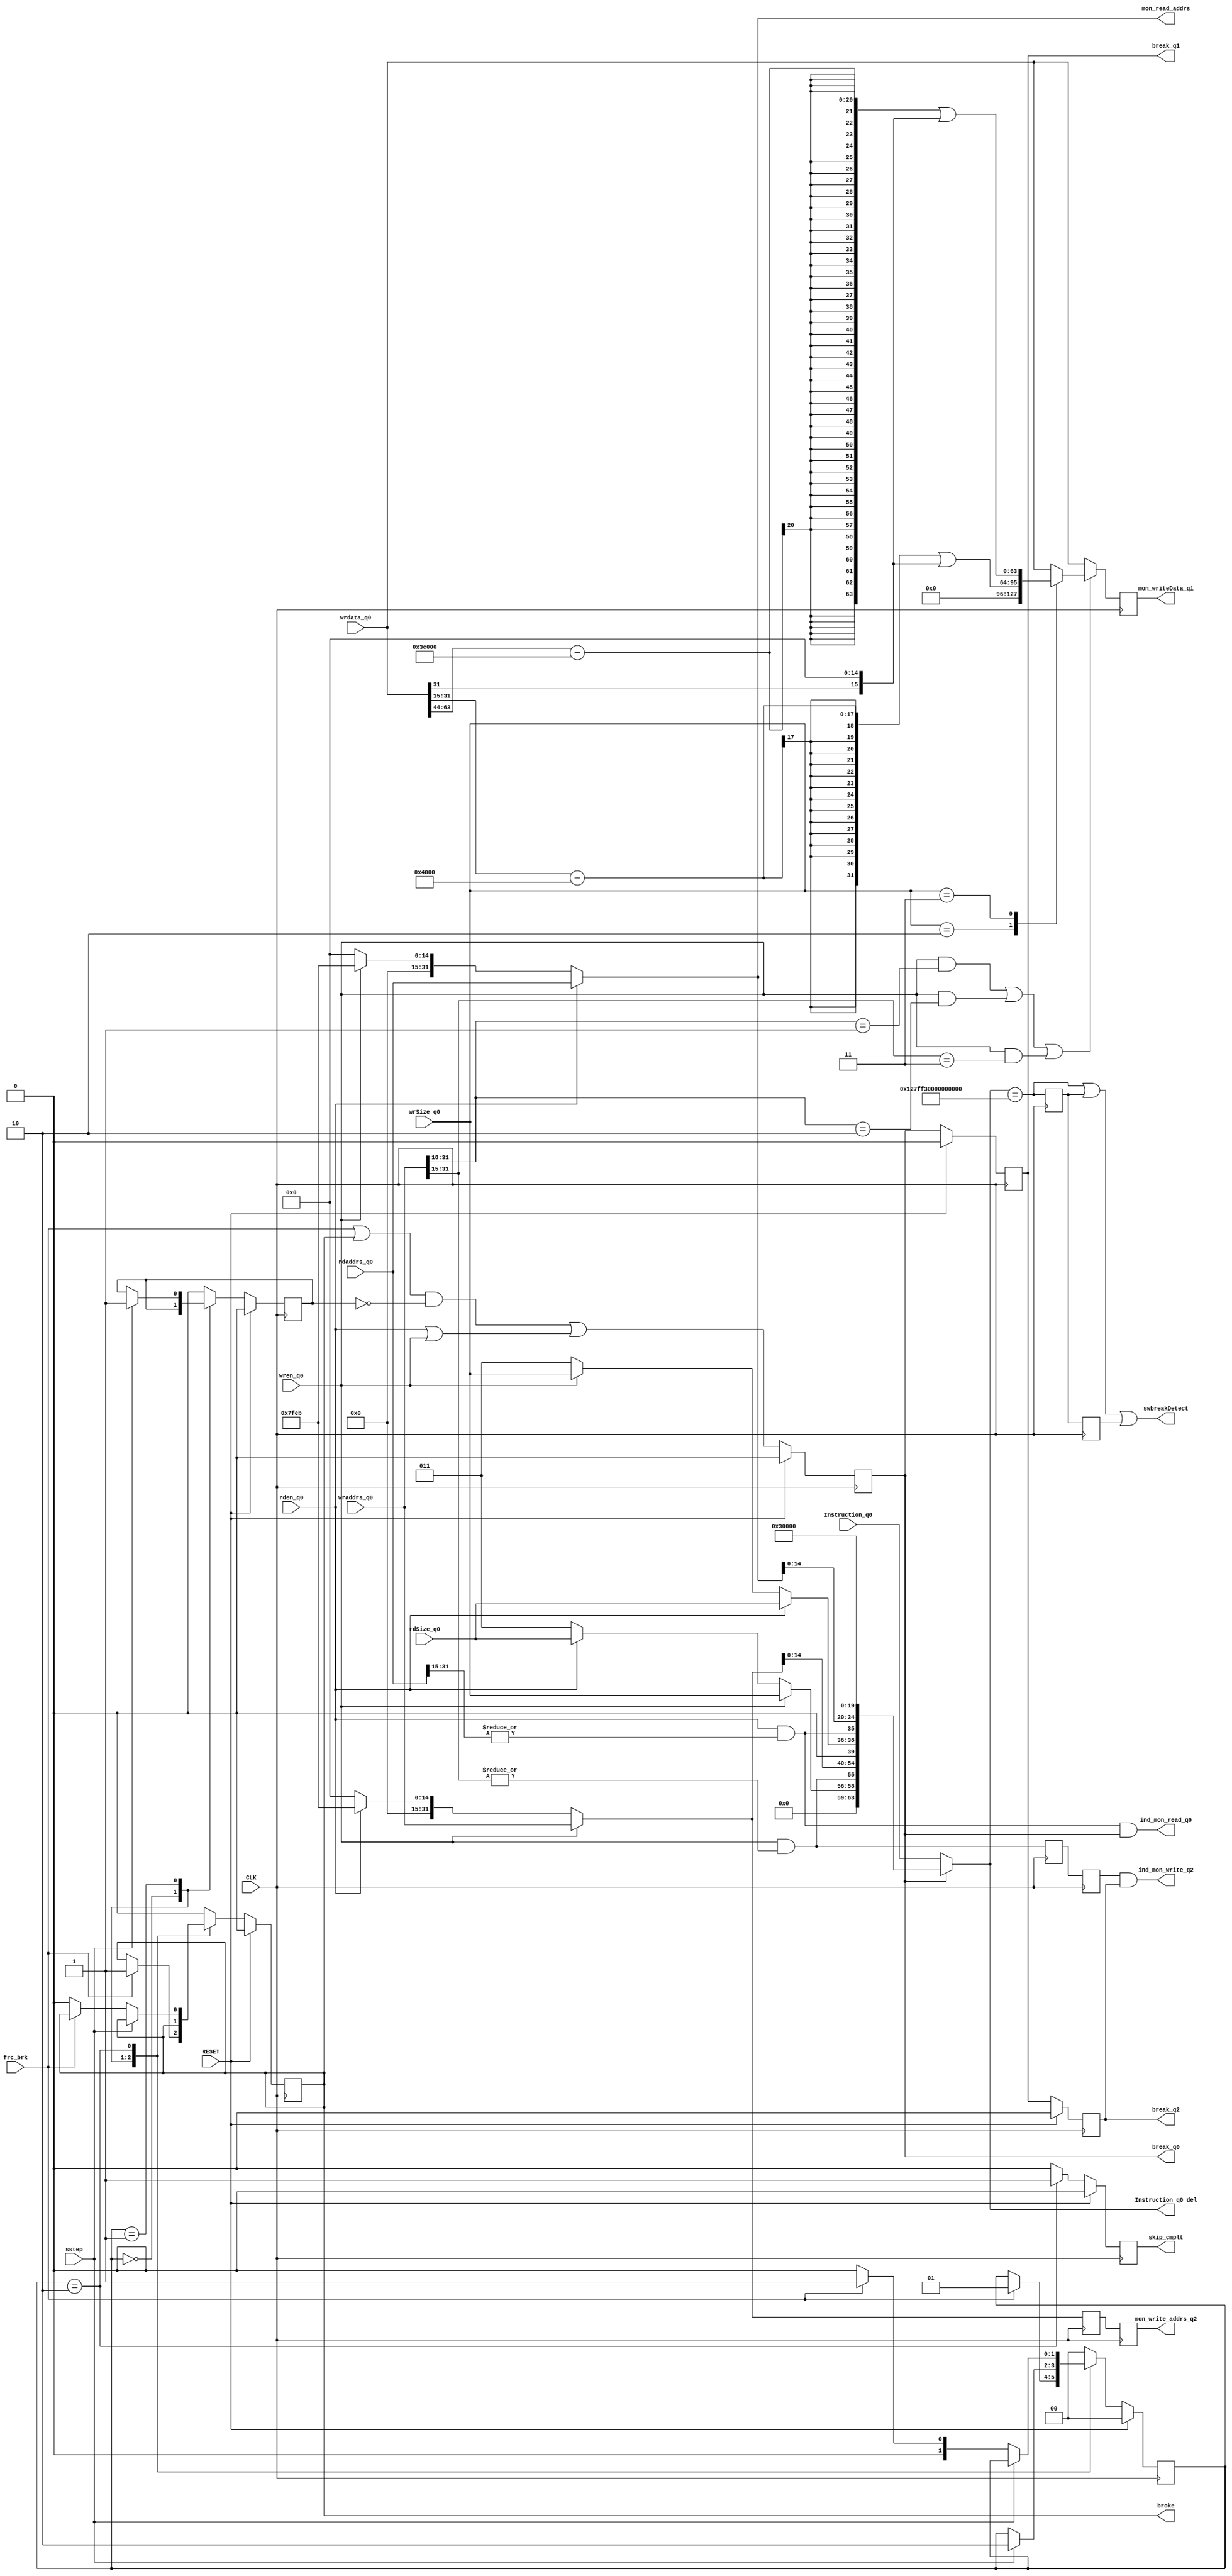
// SCE_breakpoints.v
//
// Version:  1.22  May 3, 2020
// Copyright (C) 2020.  All rights reserved.
//
////////////////////////////////////////////////////////////////////////////////////////////////////////////////////////
//                                                                                                                    //
//                                                 SYMPL Open-Source                                                  //
//                          HedgeHog Fused Spiking Neural Network Emulator/Compute Engine                             //
//                                    Evaluation and Product Development License                                      //
//                                                                                                                    //
//                                                                                                                    //
// Open-source means:  this source code and this instruction set ("this IP") may be freely downloaded, copied,        //
// modified, distributed and used in accordance with the terms and conditons of the licenses provided herein.         //
//                                                                                                                    //
// Provided that you comply with all the terms and conditions set forth herein, Jerry D. Harthcock ("licensor"),      //
// the original author and exclusive copyright owner of this HedgeHog Fused Spiking Neural Network Emulator/Compute   //
// Engine, including related development software ("this IP"), hereby grants recipient of this IP ("licensee"),       //
// a world-wide, paid-up, non-exclusive license to implement this IP within the programmable fabric of Xilinx Kintex  //
// Ultra Plus brand FPGAs--only--and used only for the purposes of evaluation, education, and development of end      //
// products and related development tools.                                                                            //
//                                                                                                                    //
// Furthermore, limited to the purposes of prototyping, evaluation, characterization and testing of implementations   //
// in a hard, custom or semi-custom ASIC, any university or institution of higher education may have their            //
// implementation of this IP produced for said limited purposes at any foundary of their choosing provided that such  //
// prototypes do not ever wind up in commercial circulation, with this license extending to such foundary and is in   //
// connection with said academic pursuit under the supervision of said university or institution of higher education. //
//                                                                                                                    //
// Any copying, distribution, customization, modification, or derivative work of this IP must include an exact copy   //
// of this license and original copyright notice at the very top of each source file and any derived netlist, and,    //
// in the case of binaries, a printed copy of this license and/or a text format copy in a separate file distributed   //
// with said netlists or binary files having the file name, "LICENSE.txt".  You, the licensee, also agree not to      //
// remove any copyright notices from any source file covered or distributed under this Evaluation and Product         //
// Development License.                                                                                               //
//                                                                                                                    //
// LICENSOR DOES NOT WARRANT OR GUARANTEE THAT YOUR USE OF THIS IP WILL NOT INFRINGE THE RIGHTS OF OTHERS OR          //
// THAT IT IS SUITABLE OR FIT FOR ANY PURPOSE AND THAT YOU, THE LICENSEE, AGREE TO HOLD LICENSOR HARMLESS FROM        //
// ANY CLAIM BROUGHT BY YOU OR ANY THIRD PARTY FOR YOUR SUCH USE.                                                     //
//                                                                                                                    //
// Licensor reserves all his rights, including, but in no way limited to, the right to change or modify the terms     //
// and conditions of this Evaluation and Product Development License anytime without notice of any kind to anyone.    //
// By using this IP for any purpose, licensee agrees to all the terms and conditions set forth in this Evaluation     //
// and Product Development License.                                                                                   //
//                                                                                                                    //
// This Evaluation and Product Development License does not include the right to sell products that incorporate       //
// this IP or any IP derived from this IP. If you would like to obtain such a license, please contact Licensor.       //
//                                                                                                                    //
// Licensor can be contacted at:  SYMPL.gpu@gmail.com or Jerry.Harthcock@gmail.com                                    //
//                                                                                                                    //
////////////////////////////////////////////////////////////////////////////////////////////////////////////////////////

 
 `timescale 1ns/100ps

module SCE_breakpoints (
    CLK,
    RESET,
    Instruction_q0,
    Instruction_q0_del,
    break_q0,
    break_q1,
    break_q2,
    ind_mon_read_q0,
    ind_mon_write_q2,
    mon_write_addrs_q2,
    mon_read_addrs,
    mon_writeData_q1,
    rden_q0,
    wren_q0,
    rdSize_q0,
    wrSize_q0,
    frc_brk,
    broke,
    sstep,
    skip_cmplt,
    swbreakDetect,
    wrdata_q0,          
    rdaddrs_q0,
    wraddrs_q0       
    );

input CLK;
input RESET;
input  [63:0] Instruction_q0;
output [63:0] Instruction_q0_del;

output break_q0;
output break_q1;
output break_q2;
output ind_mon_read_q0;
output ind_mon_write_q2;
output [31:0] mon_write_addrs_q2;
output [31:0] mon_read_addrs;
output [63:0] mon_writeData_q1; 
input rden_q0;
input wren_q0; 
input [2:0] rdSize_q0;   
input [2:0] wrSize_q0;   
input frc_brk;
input sstep;
output broke;
output skip_cmplt;
output swbreakDetect;
input [63:0] wrdata_q0;  //might be able to get away with just 32 bits
input [31:0] wraddrs_q0;        
input [31:0] rdaddrs_q0;        

parameter MON_ADDRS = 32'h00007FEB;
parameter SWBREAK   = 64'h127FF30000000000;

reg break_q0;
reg break_q1;
reg break_q2;

reg [1:0] break_state;

reg broke;

reg skip;

reg skip_cmplt;

reg ind_mon_wr_q1;
reg ind_mon_wr_q2;
reg [63:0] mon_writeData_q1;
reg [31:0] mon_write_addrs_q1;
reg [31:0] mon_write_addrs_q2;

reg  swbreakDetect_q1;
reg  swbreakDetect_q2;

wire swbreakDetect;

wire [2:0] mon_write_size;
wire [2:0] mon_read_size;

wire mon_SigA;
wire [31:0] mon_read_addrs;
wire [31:0] mon_write_addrs;

wire any_break_det;

wire [63:0] Instruction_q0_del;
wire [63:0] monitor_instruction;

wire ind_mon_read;
wire ind_mon_write;
wire ind_mon_read_q0;
wire ind_mon_write_q2;


wire MREQ_q0; 

wire weightWren;
wire rateWren;
wire thresholdWren;
assign weightWren = wren_q0  && (wraddrs_q0[31:18]==14'b0000_0000_0000_01); 
assign rateWren = wren_q0  && (wraddrs_q0[31:18]==14'b0000_0000_0000_10);
assign thresholdWren = wren_q0  && (wraddrs_q0[31:15]==17'b0000_0000_0000_0001_1);
 

assign MREQ_q0 = rden_q0 || wren_q0;
assign mon_SigA = 0;

assign swbreakDetect = (Instruction_q0_del==SWBREAK) || swbreakDetect_q1 || swbreakDetect_q2;

always @(posedge CLK) begin
    swbreakDetect_q1 <= (Instruction_q0_del==SWBREAK);
    swbreakDetect_q2 <= swbreakDetect_q1;
end    

assign ind_mon_read  = rden_q0 && |rdaddrs_q0[31:15];                                                                                       
assign ind_mon_write = wren_q0 && |wraddrs_q0[31:15];
assign ind_mon_read_q0  = ind_mon_read  && break_q0;
assign ind_mon_write_q2 = ind_mon_wr_q2 && break_q2;

assign mon_write_size = wren_q0 ? wrSize_q0 : rden_q0 ? rdSize_q0 : 3'b011;
assign mon_read_size = rden_q0 ? rdSize_q0 : wren_q0 ? wrSize_q0 : 3'b011;
assign mon_read_addrs = rden_q0 ? rdaddrs_q0[31:0] : wren_q0 ? MON_ADDRS : 32'b0;  
assign mon_write_addrs = wren_q0 ? wraddrs_q0[31:0] : rden_q0 ? MON_ADDRS : 32'b0;  
                                                                                              
assign any_break_det = frc_brk || broke;
                       
assign monitor_instruction = {5'b0000_0, mon_write_size, ind_mon_write, mon_write_addrs[14:0], mon_SigA, mon_read_size, ind_mon_read, mon_read_addrs[14:0], 5'b00110, 15'b0};    
assign Instruction_q0_del = break_q0 ?  monitor_instruction : Instruction_q0;  


always @(posedge CLK) begin
    ind_mon_wr_q1 <= ind_mon_write;
    ind_mon_wr_q2 <= ind_mon_wr_q1;
    mon_write_addrs_q1 <= mon_write_addrs;
    mon_write_addrs_q2 <= mon_write_addrs_q1;
    if (~(weightWren || rateWren || thresholdWren)) mon_writeData_q1 <= wrdata_q0;
    else case(wrSize_q0)
        3'b010 : mon_writeData_q1 <= {32'b0, ((wrdata_q0[31:0]>>15) - 32'h00004000) | {16'b0, wrdata_q0[31], 15'b0}};  //binary32 to 1|7|8
        3'b011 : mon_writeData_q1 <= ((wrdata_q0[63:0]>>44) - 64'h000000000003C000)  | {48'b0, wrdata_q0[31], 15'b0};  //binary64 to 1|7|8
       default : mon_writeData_q1 <= wrdata_q0;
    endcase    
end    
                                                                                                                  
always @(posedge CLK) begin
    if (RESET) begin                                                                                               
        break_q0 <= 1'b0;                                                                                          
        break_q1 <= 1'b0;                                                                                          
        break_q2 <= 1'b0;                                                                                          
    end
    else begin                                                                                                     
        break_q0 <= (any_break_det && ~skip) || MREQ_q0; 
        break_q1 <= break_q0;
        break_q2 <= break_q1;
    end                 
end   

always @(posedge CLK) begin
    if (RESET) begin
        broke <= 1'b0;
        break_state <=2'b00;
        skip <= 1'b0;
        skip_cmplt <= 1'b0;
    end
    else begin
        case(break_state) 
            2'b00 : begin
                        skip_cmplt <= 1'b0;
                        if (frc_brk) begin 
                            broke <= 1'b1;
                            break_state <= 2'b01;
                        end
                    end    
            2'b01 : begin
                        skip_cmplt <= 1'b0;
                        if (sstep) begin
                            skip <= 1'b1;
                            break_state <= 2'b10;
                        end
                    end    
            2'b10 : begin
                        skip <= 1'b0;
                        skip_cmplt <= 1'b1;
                        if (~sstep) begin
                            if (~frc_brk) begin
                                broke <= 1'b0;
                                break_state <= 2'b00;
                            end
                            else break_state <= 2'b01; 
                        end    
                    end
          default : begin
                        broke <= 1'b0;
                        break_state <=2'b00;
                        skip <= 1'b0;
                        skip_cmplt <= 1'b0;
                    end    
                                    
        endcase
    end
end   


endmodule